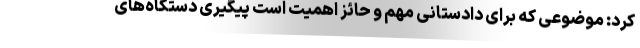
کرد: موضوعی که برای دادستانی مهم و حائز اهمیت است پیگیری دستگاه‌های